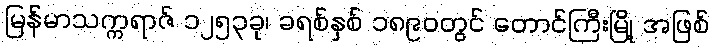
မြန်မာသက္ကရာဇ် ၁၂၅၃ခု၊ ခရစ်နှစ် ၁၈၉၀တွင် တောင်ကြီးမြို့ အဖြစ်